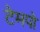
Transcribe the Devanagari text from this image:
टेमपो